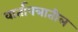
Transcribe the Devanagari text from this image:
वार्तापत्रातील